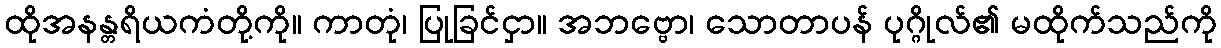
ထိုအနန္တရိယကံတို့ကို။ ကာတုံ၊ ပြုခြင်ငှာ။ အဘဗ္ဗော၊ သောတာပန် ပုဂ္ဂိုလ်၏ မထိုက်သည်ကို